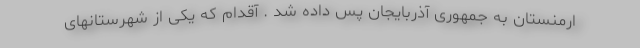
ارمنستان به جمهوری آذربایجان پس داده شد . آقدام که یکی از شهرستانهای